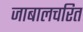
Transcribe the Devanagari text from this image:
जाबालचरित